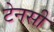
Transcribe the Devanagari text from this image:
टेनसी